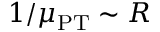
1 / \mu _ { \mathrm { P T } } \sim R